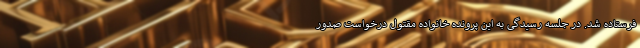
فرستاده شد. در جلسه رسیدگی به این پرونده خانواده مقتول درخواست صدور